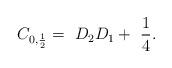
LaTeX: \begin{align*}C_{0, \frac{1}{2} } = \ D_2 D_1 + \ \frac{1}{4} .\end{align*}